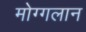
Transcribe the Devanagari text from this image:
मोग्गलान